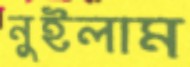
নুইলাম